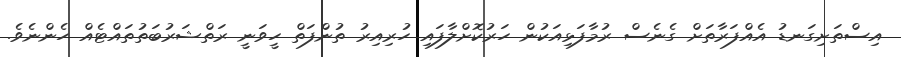
އިސްތަށިގަނޑު އެއްފަރާތަށް ގެނެސް ރުމާފަޅިއަކުން ހަރުކޮށްލާފައި ހުރިއިރު ތުންފަތް ހީވަނީ ރަތްޝަރުބަތުތައްޓެއް ހެންނެވެ.